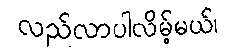
လည်လာပါလိမ့်မယ်၊